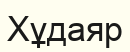
Хұдаяр